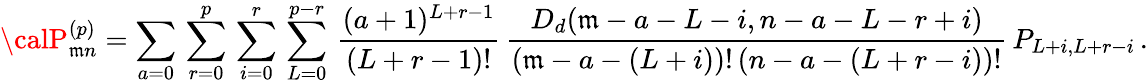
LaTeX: {\calP}_{\mathfrak{m}n}^{(p)}=\sum_{a=0}\, \sum_{r=0}^{p}\, \sum_{i=0}^{r}\, \sum_{L=0}^{p-r}\, \frac{{(a+1)^{L+r-1}}}{{(L+r-1)!}}\, \frac{{D_{d}(\mathfrak{m}-a-L-i,n-a-L-r+i)}}{{(\mathfrak{m}-a-(L+i))!\, (n-a-(L+r-i))!}}\, P_{L+i,L+r-i}\, .